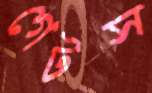
গেটস